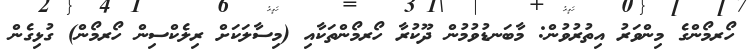
ހޯރމޯންގެ މިންވަރު އިތުރުވުން: މާބަނޑުވުމުން ދޫކުރާ ހޯރމޯންތަކާއި (މިސާލަކަށް ރިލެކްސިން ހޯރމޯން) ގުޅިގެން